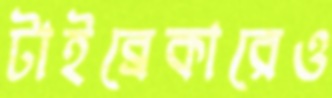
টাইব্রেকারেও